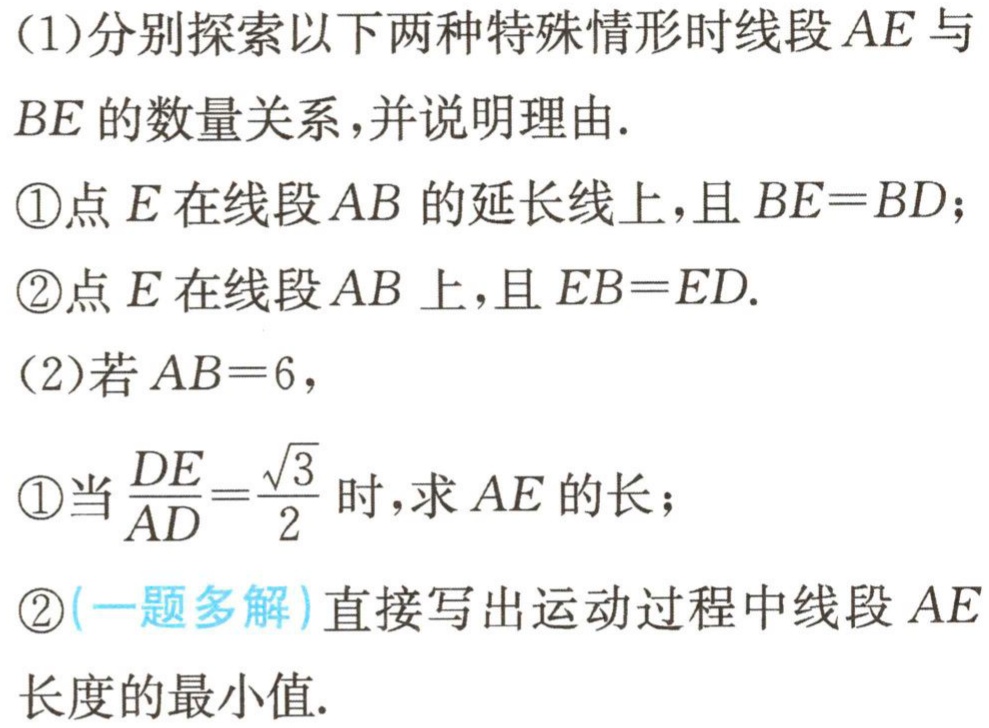
(1)分别探索以下两种特殊情形时线段\(AE\)与\(BE\)的数量关系,并说明理由.
\textcircled{1}点\(E\)在线段\(AB\)的延长线上,且\(BE = BD\);
\textcircled{2}点\(E\)在线段\(AB\)上,且\(EB = ED\).
(2)若\(AB = 6\),
\textcircled{1}当\(\frac{DE}{AD}=\frac{\sqrt{3}}{2}\)时,求\(AE\)的长;
\textcircled{2}(一题多解)直接写出运动过程中线段\(AE\)长度的最小值.